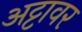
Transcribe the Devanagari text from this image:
अट्टावर